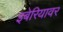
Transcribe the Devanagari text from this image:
इबेरियावर